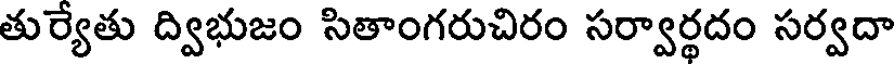
తుర్యేతు ద్విభుజం సితాంగరుచిరం సర్వార్థదం సర్వదా